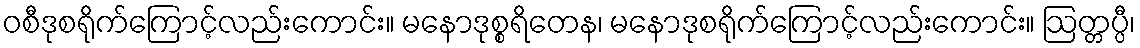
ဝစီဒုစရိုက်ကြောင့်လည်းကောင်း။ မနောဒုစ္စရိတေန၊ မနောဒုစရိုက်ကြောင့်လည်းကောင်း။ ဩတ္တပ္ပီ၊